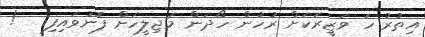
އިތުރު ހަ ވަޒީރަކަށް ރުހުން ހޯދަން މަޖިލީހަށް ފޮނުވައިފި   !